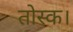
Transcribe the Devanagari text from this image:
तोस्क।